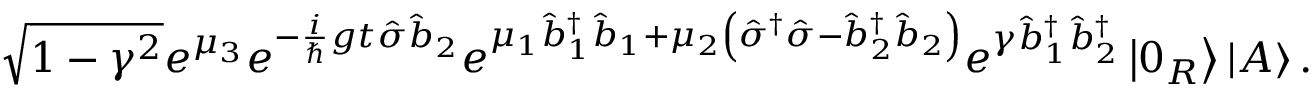
\sqrt { 1 - \gamma ^ { 2 } } e ^ { \mu _ { 3 } } e ^ { - \frac { i } { \hslash } g t \hat { \sigma } \hat { b } _ { 2 } } e ^ { \mu _ { 1 } \hat { b } _ { 1 } ^ { \dagger } \hat { b } _ { 1 } + \mu _ { 2 } \left( \hat { \sigma } ^ { \dagger } \hat { \sigma } - \hat { b } _ { 2 } ^ { \dagger } \hat { b } _ { 2 } \right) } e ^ { \gamma \hat { b } _ { 1 } ^ { \dagger } \hat { b } _ { 2 } ^ { \dagger } } \left\vert 0 _ { R } \right\rangle \left\vert A \right\rangle .